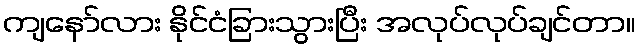
ကျနော်လား နိုင်ငံခြားသွားပြီး အလုပ်လုပ်ချင်တာ။